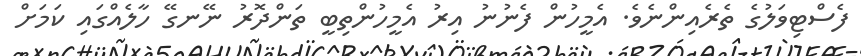
ފެސްޓިވަލުގެ ތެރެއިންނެވެ. އެމީހުން ފެނުނު އިރު އެމީހުންތިބީ ތަންދޮރު ނޭނގޭ ހާލެއްގައި ކަމަށް